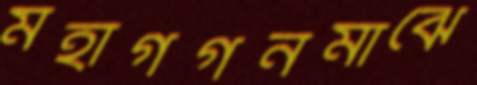
মহাগগনমাঝে